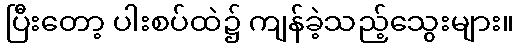
ပြီးတော့ ပါးစပ်ထဲ၌ ကျန်ခဲ့သည့်သွေးများ။